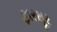
ફારમૂર